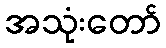
အသုံးတော်